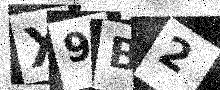
Text: X9B2